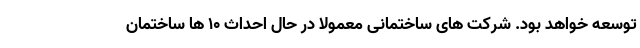
توسعه خواهد بود. شرکت های ساختمانی معمولا در حال احداث 10 ها ساختمان